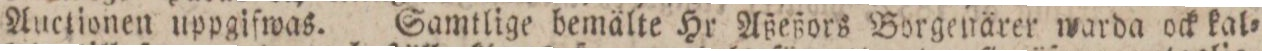
Auctionen uppgifwas. Samtlige bemälte Hr Aßeßors Borgenärer warda ock kal=